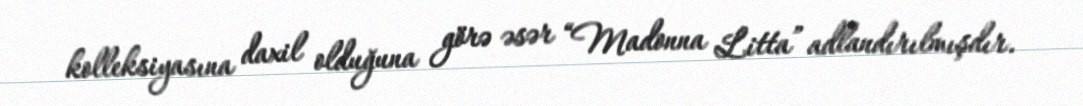
kolleksiyasına daxil olduğuna görə əsər “Madonna Litta” adlandırılmışdır.